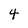
Character: 4